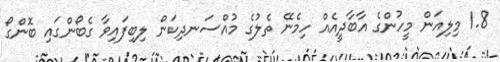
1.8 މިލިއަން މީހުންގެ އާބާދީއެއް ހިމެނޭ ތެލުގެ މުއްސަނދިކަން ލިބިފައިވާ ގެބޯންގައި ބޮންގޯ